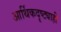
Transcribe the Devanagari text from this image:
आर्थिकदृष्ट्याही